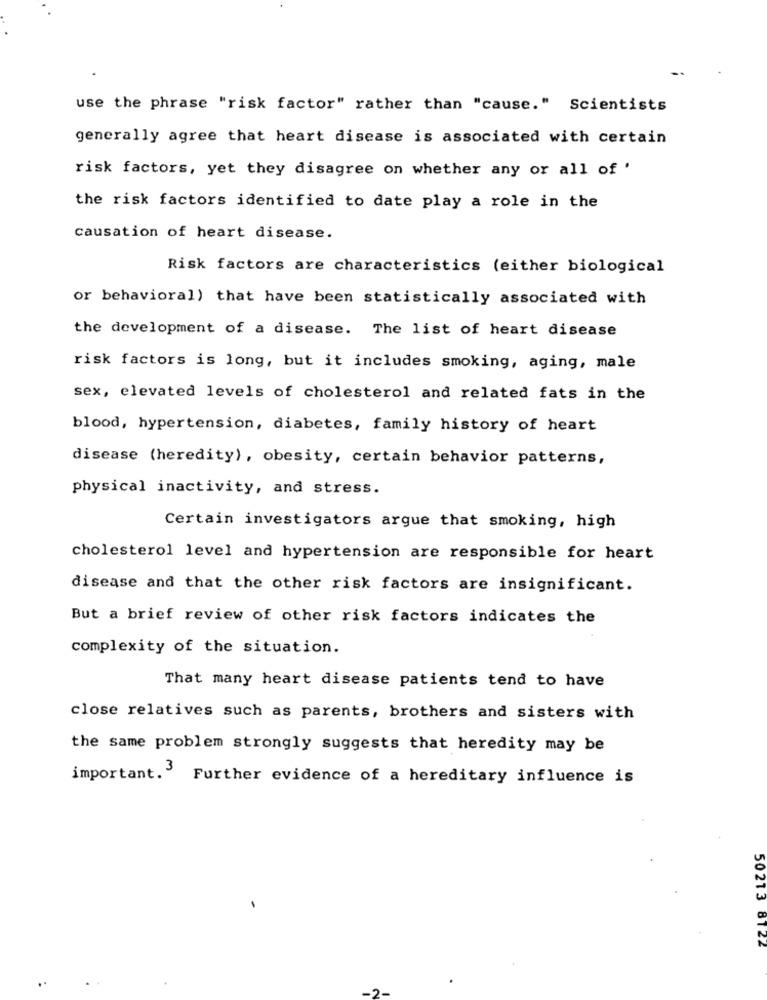
use the phrase "risk factor" rather than "cause." Scientists
generally agree that heart disease is associated with certain
risk factors, yet they disagree on whether any or all of '
the risk factors identified to date play a role in the
causation of heart disease.
Risk factors are characteristics (either biological
or behavioral) that have been statistically associated with
the development of a disease. The list of heart disease
risk factors is long, but it includes smoking, aging, male
sex, elevated levels of cholesterol and related fats in the
blood, hypertension, diabetes, family history of heart
disease (heredity), obesity, certain behavior patterns,
physical inactivity, and stress.
Certain investigators argue that smoking, high
cholesterol level and hypertension are responsible for heart
disease and that the other risk factors are insignificant.
But a brief review of other risk factors indicates the
complexity of the situation.
That many heart disease patients tend to have
close relatives such as parents, brothers and sisters with
the same problem strongly suggests that heredity may be
important. 3
Further evidence of a hereditary influence is
50213 8122